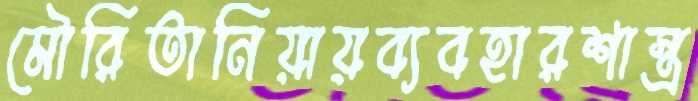
মৌরিতানিয়ায়ব্যবহারশাস্ত্র